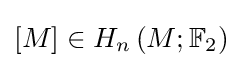
[M]\in H_{n}\left(M;\mathbb {F} _{2}\right)